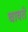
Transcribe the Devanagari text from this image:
चावते